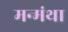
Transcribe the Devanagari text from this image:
मन्मंथा